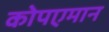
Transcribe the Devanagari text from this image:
कोपएमान